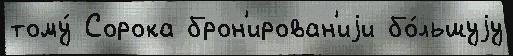
тому́ Сорока брон'ирован'иjи бо́льшуjу